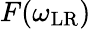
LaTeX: F(\omega_{\mathrm{LR}})